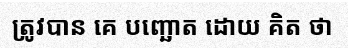
ត្រូវបាន គេ បញ្ឆោត ដោយ គិត ថា